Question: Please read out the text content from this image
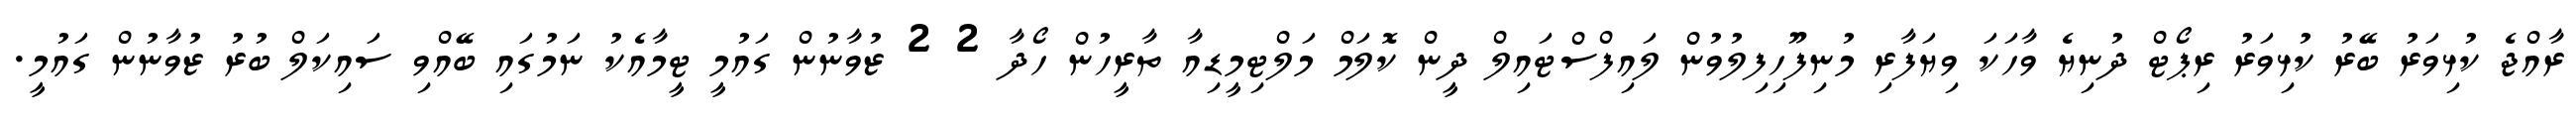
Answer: ރާއްޖެ ކުޅިވަރު ބޭރު ކުޅިވަރު ރިޕޯޓް ދުނިޔެ ވާހަކަ ވިޔަފާރި މުނިފޫހިފިލުވުން ލައިފްސްޓައިލް ދީން ކޮލަމް މަލްޓިމީޑިއާ ތާރީހުން ހޯދާ 2 2 ޒުވާނުން ގައުމީ ޓީމާއެކު ނަމުގައި ބޭއްވި ސައިކަލް ބުރު ޒުވާނުން ގައުމީ.